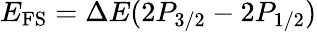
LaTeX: E_{\mathrm{FS}}=\Delta E(2P_{3/2}-2P_{1/2})